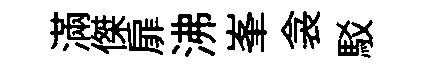
滿傑扉沸峯衾駁